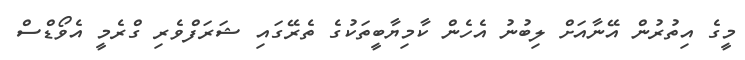
މީގެ އިތުރުން އޭނާއަށް ލިބުނު އެހެން ކާމިޔާބީތަކުގެ ތެރޭގައި ޝަރަފްވެރި ގްރެމީ އެވޯޑްސް